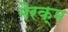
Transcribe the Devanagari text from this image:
मैरक्म